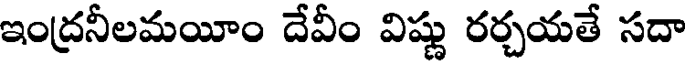
ఇంద్రనీలమయీం దేవీం విష్ణు రర్చయతే సదా